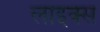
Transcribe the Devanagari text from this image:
लाइक्स